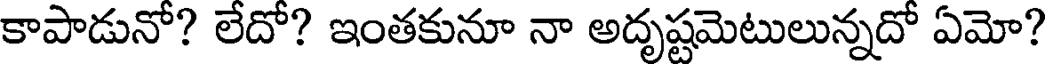
కాపాడునో? లేదో? ఇంతకునూ నా అదృష్టమెటులున్నదో ఏమో?